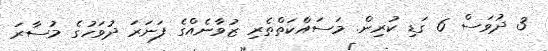
3 ދުވަސް 6 ގަޑި ކުރިން. މަސައްކަތްތެރި ޒުވާނެއްގެ ފަނަރަ ދުވަހުގެ މުސާރަ